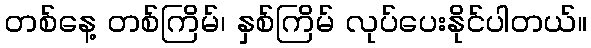
တစ်နေ့ တစ်ကြိမ်၊ နှစ်ကြိမ် လုပ်ပေးနိုင်ပါတယ်။